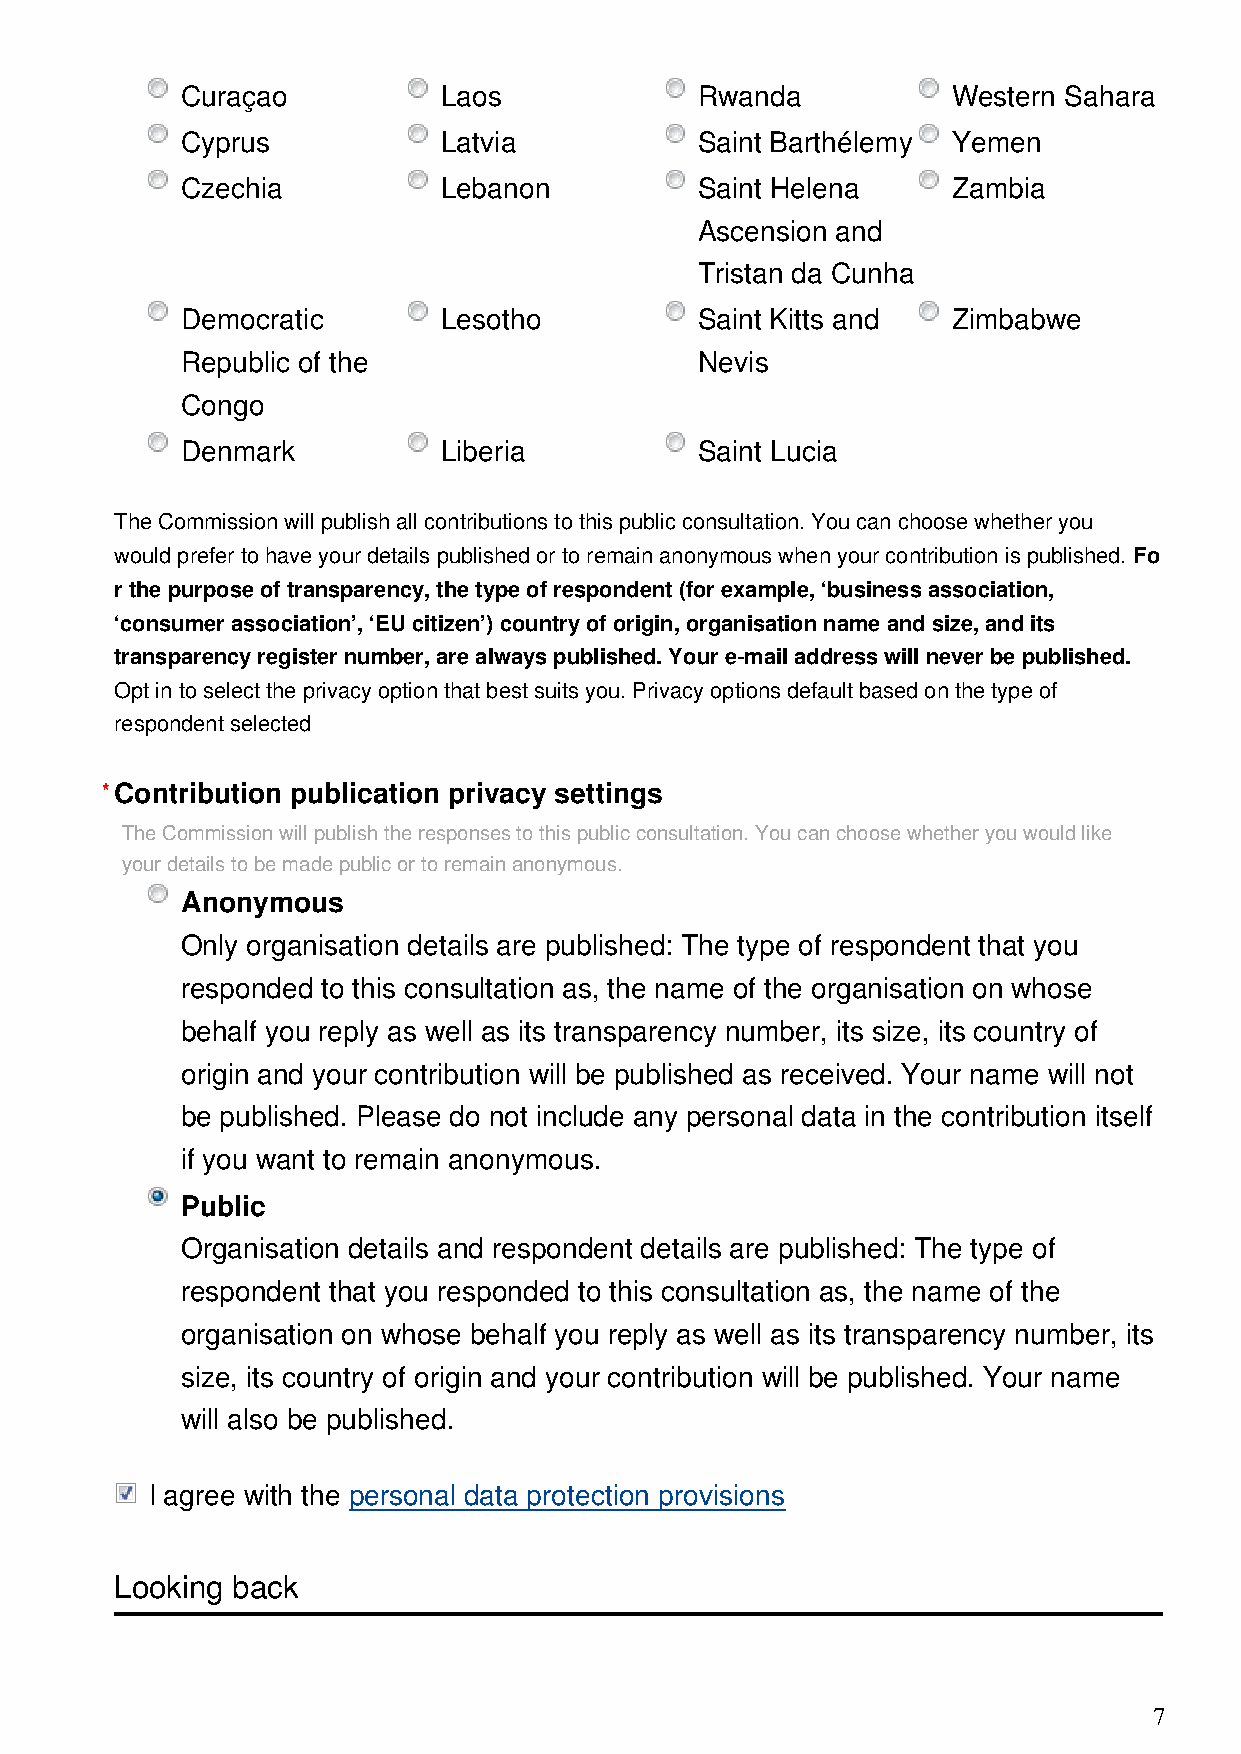
Curaçao          Laos             Rwanda           Western Sahara
 Cyprus           Latvia           Saint Barthélemy Yemen
 Czechia          Lebanon          Saint Helena     Zambia
 Ascension and
 Tristan da Cunha
 Democratic       Lesotho          Saint Kitts and  Zimbabwe
 Republic of the                   Nevis
 Congo
 Denmark          Liberia          Saint Lucia
 The Commission will publish all contributions to this public consultation. You can choose whether you
 would prefer to have your details published or to remain anonymous when your contribution is published. Fo
 r the purpose of transparency, the type of respondent (for example, ‘business association,
 ‘consumer association’, ‘EU citizen’) country of origin, organisation name and size, and its
 transparency register number, are always published. Your e-mail address will never be published.
 Opt in to select the privacy option that best suits you. Privacy options default based on the type of
 respondent selected
 *Contribution publication privacy settings
 The Commission will publish the responses to this public consultation. You can choose whether you would like
 your details to be made public or to remain anonymous.
 Anonymous
 Only organisation details are published: The type of respondent that you
 responded to this consultation as, the name of the organisation on whose
 behalf you reply as well as its transparency number, its size, its country of
 origin and your contribution will be published as received. Your name will not
 be published. Please do not include any personal data in the contribution itself
 if you want to remain anonymous.
 Public
 Organisation details and respondent details are published: The type of
 respondent that you responded to this consultation as, the name of the
 organisation on whose behalf you reply as well as its transparency number, its
 size, its country of origin and your contribution will be published. Your name
 will also be published.
 I agree with the personal data protection provisions
 Looking back
 7